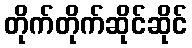
တိုက်တိုက်ဆိုင်ဆိုင်